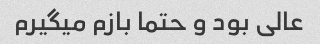
عالی بود و حتما بازم میگیرم